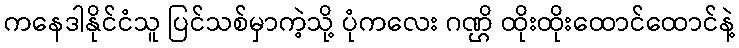
ကနေဒါနိုင်ငံသူ ပြင်သစ်မှာကဲ့သို့ ပုံကလေး ဂဏ္ဌိ ထိုးထိုးထောင်ထောင်နဲ့